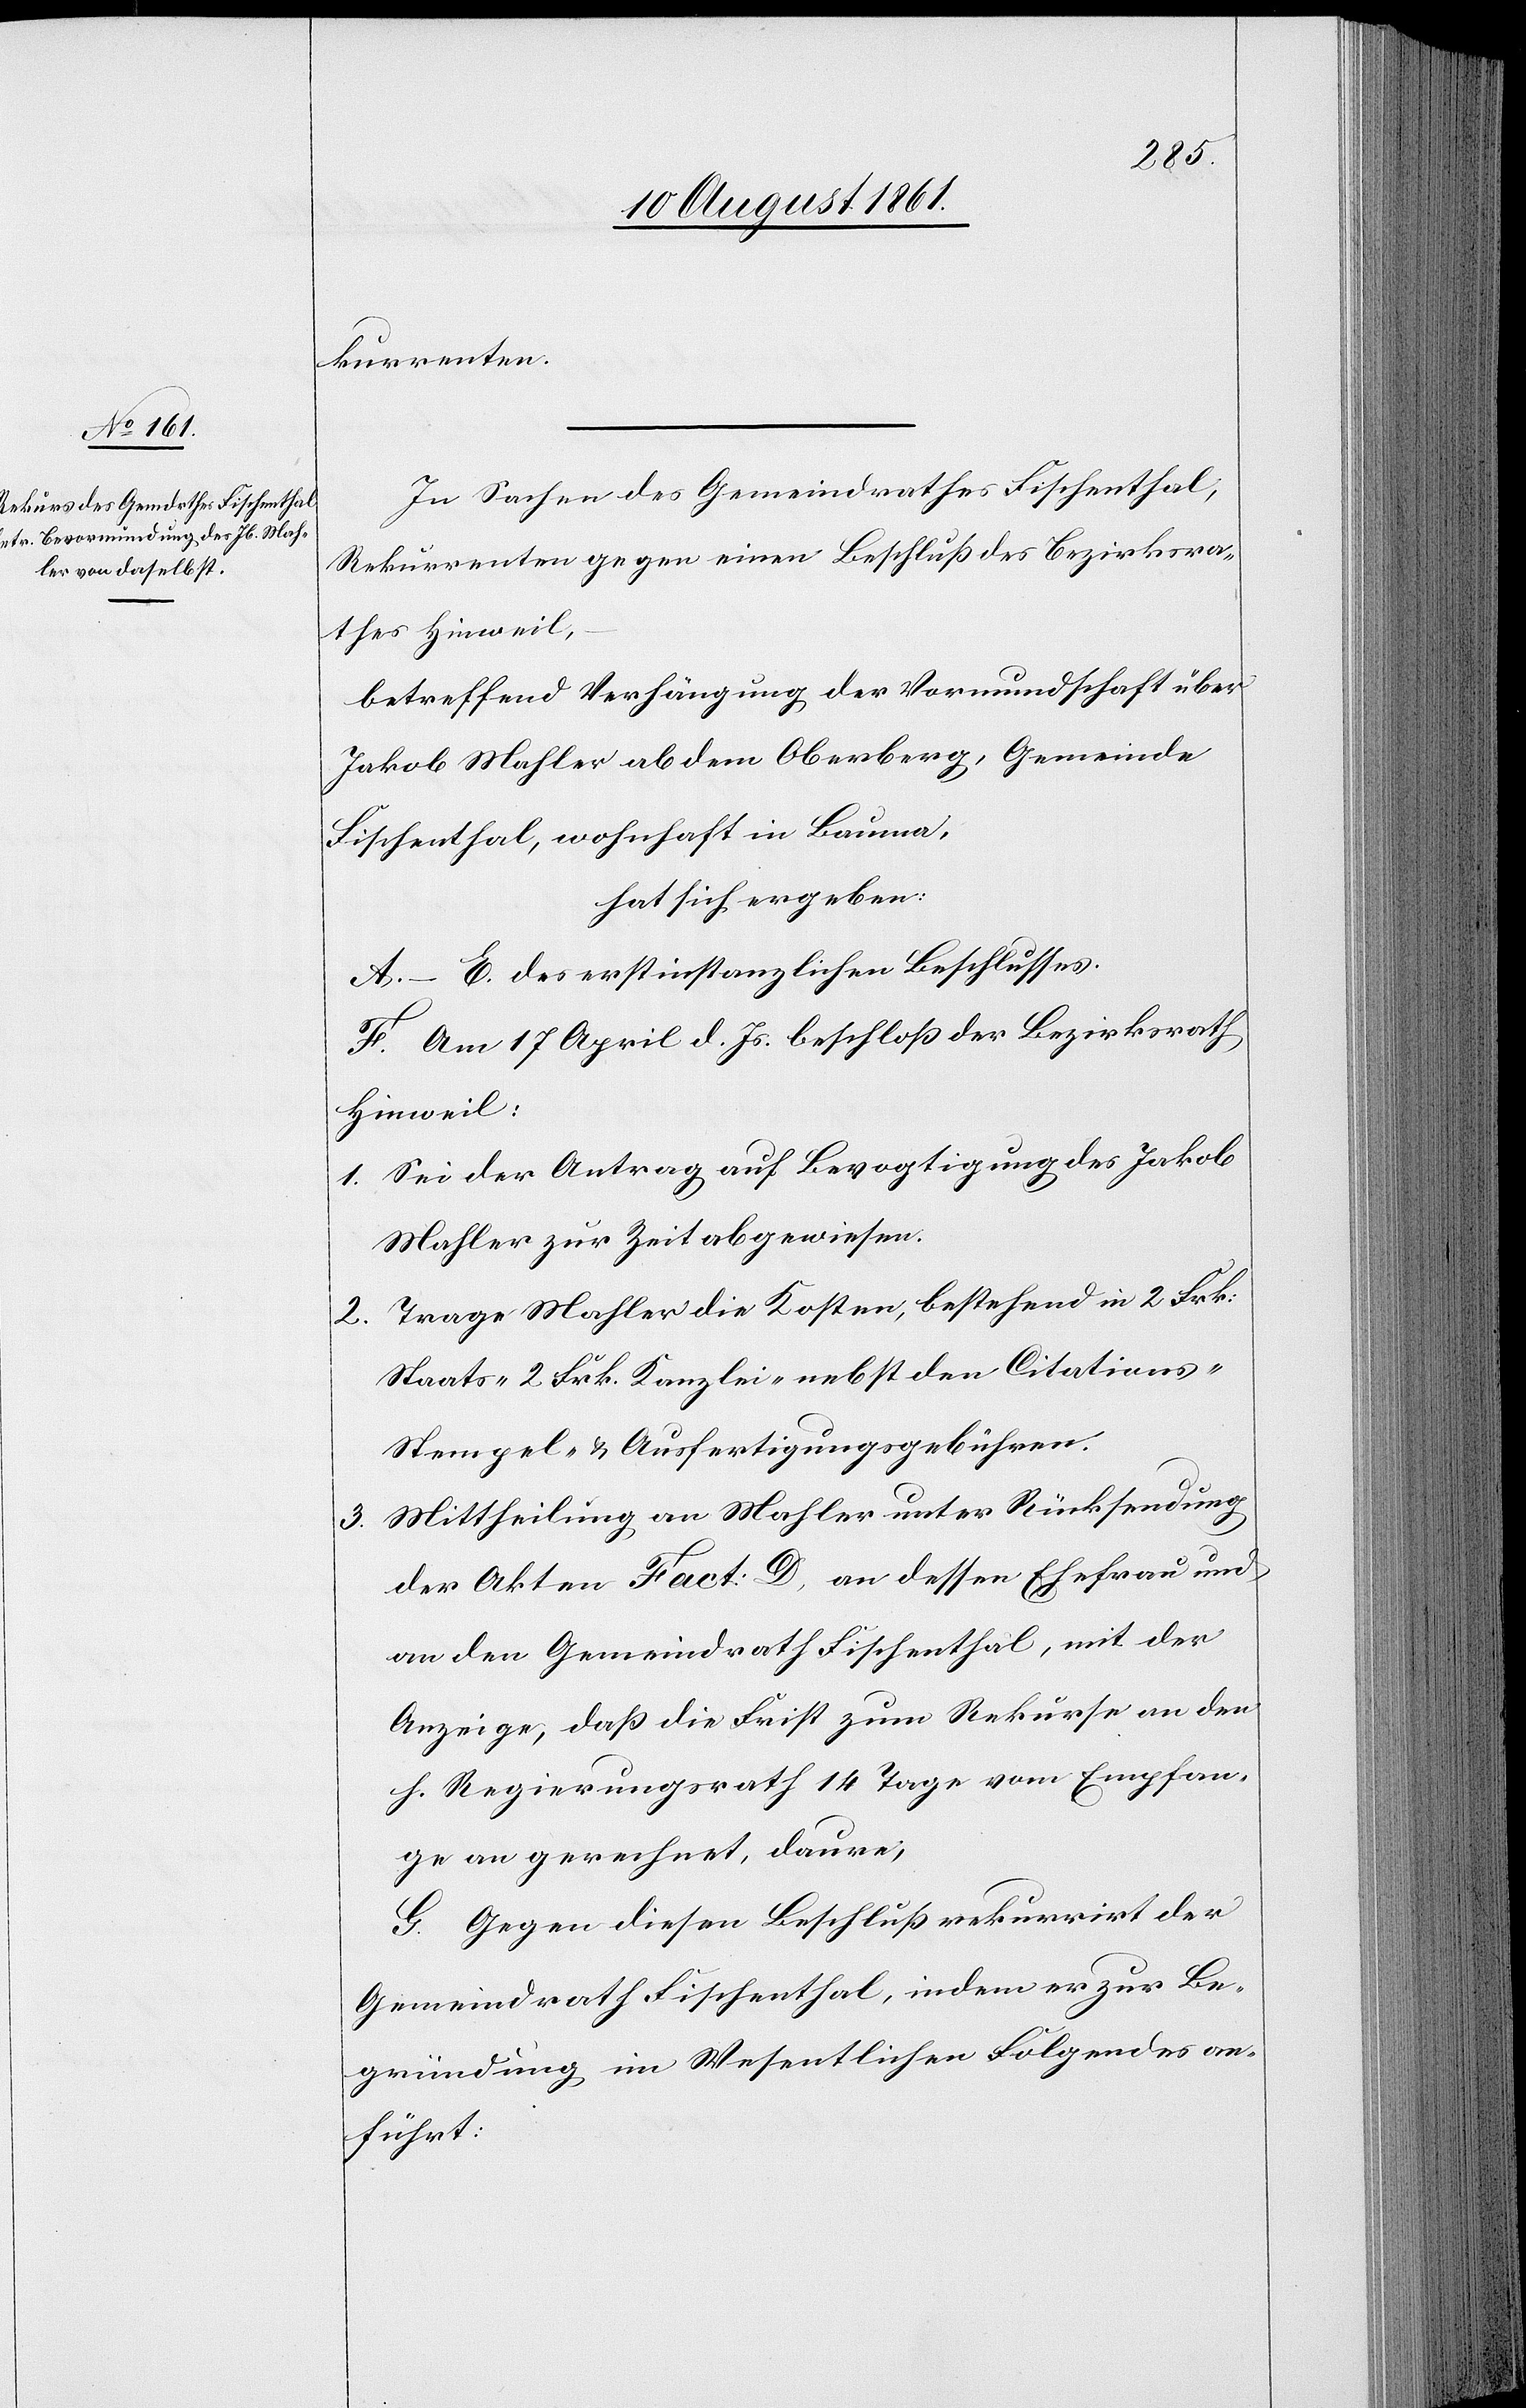
kurrenten.
In Sachen des Gemeindrathes Fischenthal,
Rekurrenten gegen einen Beschluß des Bezirksra¬
thes Hinweil,
betreffend Verhängung der Vormundschaft über
Jakob Mahler ab dem Oberberg, Gemeinde
Fischenthal, wohnhaft in Bauma,
hat sich ergeben:
A.–E. des erstinstanzlichen Beschlusses.
F. Am 17 April d. Js. beschloß der Bezirksrath
Hinweil:
1. Sei der Antrag auf Bevogtigung des Jakob
Mahler zur Zeit abgewiesen.
2. Trage Mahler die Kosten, bestehend in 2 Frk.
Staats- 2 Frk. Kanzlei- nebst den Citations-S¬
tempel- u. Ausfertigungsgebühren.
Mittheilung an Mahler unter Rücksendung
3.
der Akten Fact: D, an dessen Ehefrau und
an den Gemeindrath Fischenthal, mit der
Anzeige, daß die Frist zum Rekurse an den
h. Regierungsrath 14 Tage von Empfan¬
ge an gerechnet, daure,
G. Gegen diesen Beschluß rekurrirt der
Gemeindrath Fischenthal, indem er zur Be¬
gründung im Wesentlichen Folgendes an¬
führt: